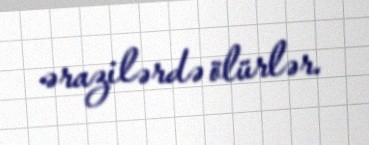
ərazilərdə ölürlər.